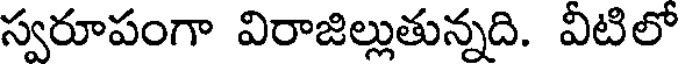
స్వరూపంగా విరాజిల్లుతున్నది. వీటిలో